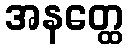
အနတ္ထေ